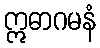
ဣဓာဂမနံ